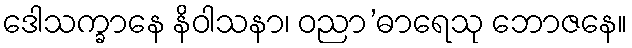
ဒေါသက္ခာနေ နိဝါသနာ၊ ဝညာ’ဓာရေသု ဘောဇနေ။